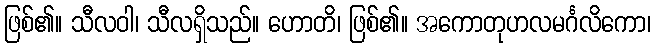
ဖြစ်၏။ သီလဝါ၊ သီလရှိသည်။ ဟောတိ၊ ဖြစ်၏။ အကောတုဟလမင်္ဂလိကော၊